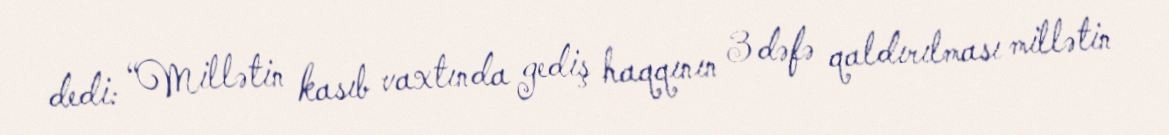
dedi: “Millətin kasıb vaxtında gediş haqqının 3 dəfə qaldırılması millətin